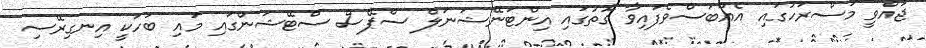
ޖައްވީ މަސްރަހުގައި އެއްބަސްވެފައިވާ ގޮތުގައި އިންޓަނޭޝަނަލް ސްޕޭސް ސްޓޭޝަންގައި މައި ބަހަކީ އިނގިރޭސި